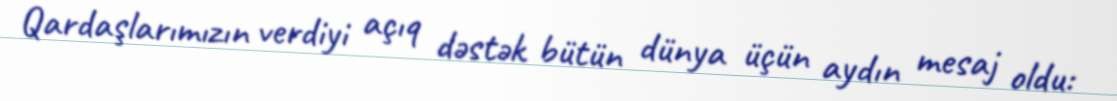
Qardaşlarımızın verdiyi açıq dəstək bütün dünya üçün aydın mesaj oldu: